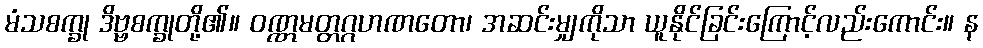
မံသစက္ခု ဒိဗ္ဗစက္ခုတို့၏။ ဝဏ္ဏမတ္တဂ္ဂဟဏတော၊ အဆင်းမျှကိုသာ ယူနိုင်ခြင်းကြောင့်လည်းကောင်း။ န